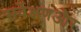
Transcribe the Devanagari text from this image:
सर्वेक्षणऔर